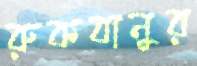
রুকবানুর